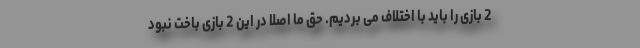
2 بازی را باید با اختلاف می بردیم. حق ما اصلا در این 2 بازی باخت نبود